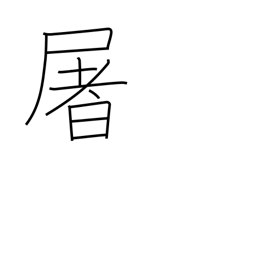
Meaning: slaughter